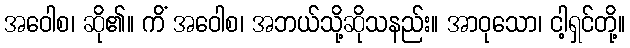
အဝေါစ၊ ဆို၏။ ကိံ အဝေါစ၊ အဘယ်သို့ဆိုသနည်း။ အာဝုသော၊ ငါ့ရှင်တို့။